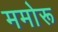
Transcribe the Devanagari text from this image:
ममोरू